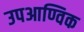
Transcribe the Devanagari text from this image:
उपआण्विक